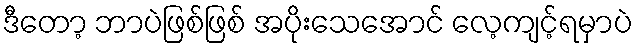
ဒီတော့ ဘာပဲဖြစ်ဖြစ် အပိုးသေအောင် လေ့ကျင့်ရမှာပဲ